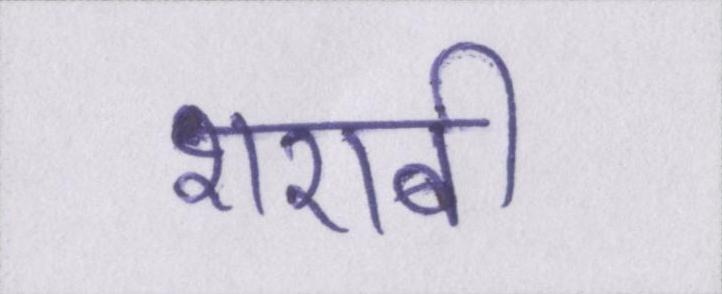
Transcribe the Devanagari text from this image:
शराबी